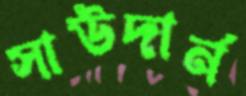
সাউদার্ন